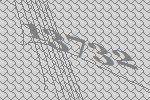
13732